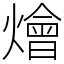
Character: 燴